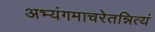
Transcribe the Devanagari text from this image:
अभ्यंगमाचरेतन्नित्यं